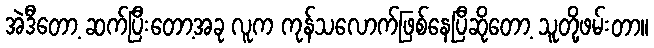
အဲဒီတော့ ဆက်ပြီးတော့အခု လူက ကုန်သလောက်ဖြစ်နေပြီဆိုတော့ သူတို့ဖမ်းတာ။